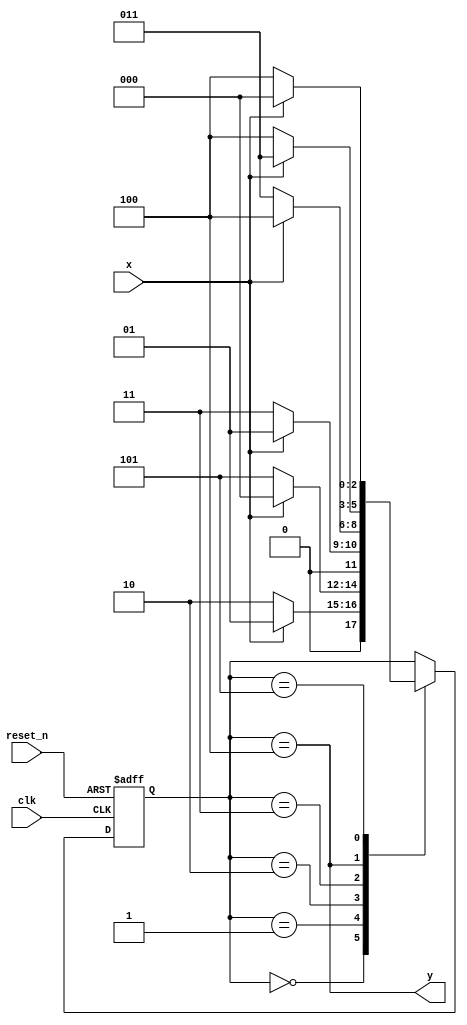
`timescale 1ns / 1ps
//////////////////////////////////////////////////////////////////////////////////
// Company: 
// Engineer: 
// 
// Design Name: 
// Module Name: even_odd_conseq00
// Project Name: 
// Target Devices: 
// Tool Versions: 
// Description: 
// 
// Dependencies: 
// 
// Revision:
// Revision 0.01 - File Created
// Additional Comments:
// 
//////////////////////////////////////////////////////////////////////////////////


module even_odd_conseq00(
input clk,
    input reset_n,
    input x,
    output y
    );
    
    reg [2:0] state_reg, state_next;
    localparam s0 = 0;
    localparam s1 = 1;
    localparam s2 = 2;
    localparam s3 = 3;
    localparam s4 = 4;
    localparam s5 = 5;
    
    // State register
    always @(posedge clk, negedge reset_n)
    begin
        if (~reset_n)
            state_reg <= s0;
        else
            state_reg <= state_next;
    end
    
    // Next state logic
    always @(*)
    begin
        case(state_reg)
            s0: if(x)
                    state_next = s1;
                else
                    state_next = s2;                
            s1: if(x)
                    state_next = s0;
                else
                    state_next = s5;                 
            s2: if(x)
                    state_next = s1;
                else
                    state_next = s3; 
            s3: if(x)
                    state_next = s4;
                else
                    state_next = s3;
            s4: if(x)
                    state_next = s3;
                else
                    state_next = s4;                
            s5: if(x)
                    state_next = s0;
                else
                    state_next = s4;
            default: state_next = state_reg;            
        endcase
    end
    
    // Output logic
    assign y = state_reg == s4;
    
endmodule